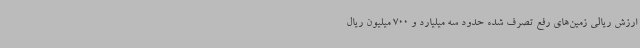
ارزش ریالی زمین‌های رفع تصرف شده حدود سه میلیارد و 700 میلیون ریال